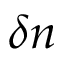
\delta n